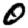
Digit: 0